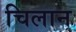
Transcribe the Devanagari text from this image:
चिलान